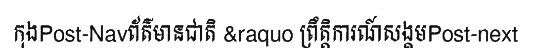
កុងPost-Navព័ត៌មានជាតិ &raquo ព្រឹត្តិការណ៍សង្គមPost-next